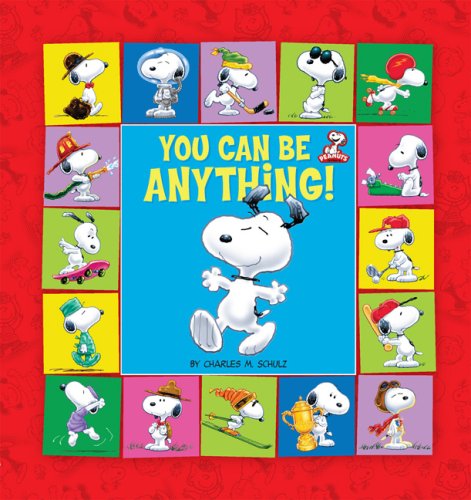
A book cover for You Can Be Anything!; Children's Books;